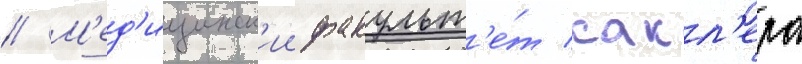
// М'ед'ицинск'ии факульт'е́т сакл'ера